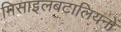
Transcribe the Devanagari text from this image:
मिसाइलबटालियनों